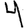
Digit: 4